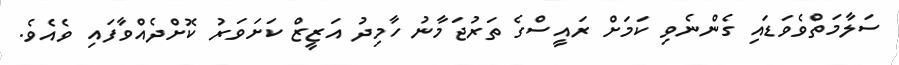
ސަލާމަތްވެވަޑައި ގެންނެވި ކަމަށް ރައީސްގެ ތަރުޖަމާނު ހާމިދު އަޒީޒް ކަށަވަރު ކޮށްދެއްވާފައި ވެއެވެ.